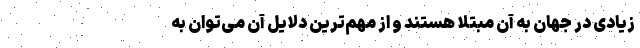
زیادی در جهان به آن مبتلا هستند و از مهم‌ترین دلایل آن می‌توان به